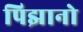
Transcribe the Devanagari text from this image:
पिझानो